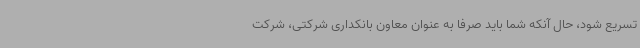
تسریع شود، حال آنکه شما باید صرفا به عنوان معاون بانکداری شرکتی، شرکت